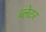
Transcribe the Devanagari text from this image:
ब्लेटर